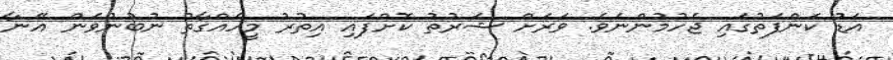
އަޑު ކަންފަތުގައި ޖެހުމުންނެވެ. ވަރަށް ޝަރުތު ކޮށްފައި އިތުރު މީހެއްގާތު ނުބުނުވަން އޭނާ